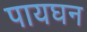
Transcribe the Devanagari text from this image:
पायघन